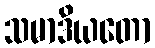
သမာဒိယတော